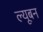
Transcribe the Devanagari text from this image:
ल्यूबन